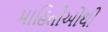
માહિતીઓથી